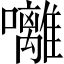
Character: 囄